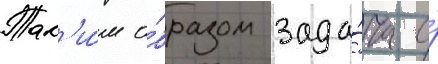
Так'и́м о́бразом зада́ча о́